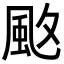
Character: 𩖡